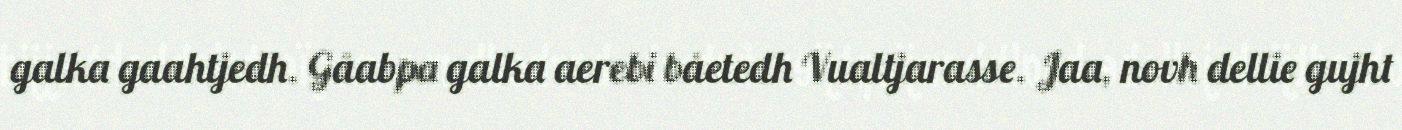
galka gaahtjedh. Gåabpa galka aerebi båetedh Vualtjarasse. Jaa, novh dellie gujht